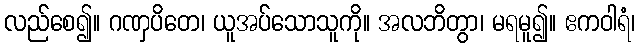
လည်စေ၍။ ဂဏှပိတေ၊ ယူအပ်သောသူကို။ အလဘိတွာ၊ မရမူ၍။ ဧကဝါရံ၊